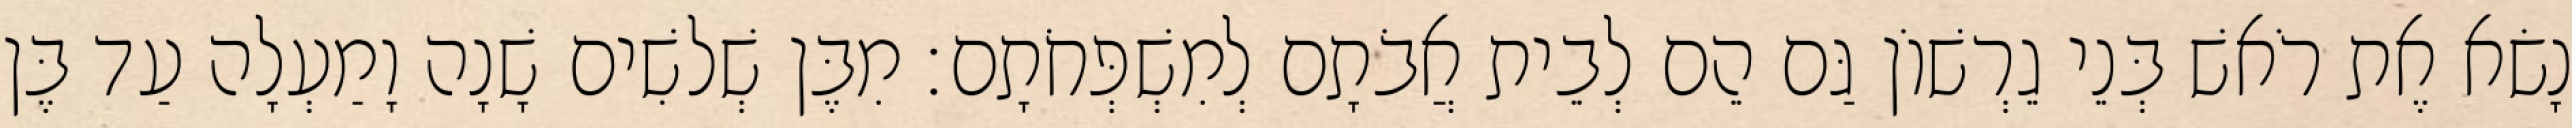
נָשׂא אֶת רֹאשׁ בְּנֵי גֵרְשׁוֹן גַּם הֵם לְבֵית אֲבֹתָם לְמִשְׁפְּחֹתָם׃ מִבֶּן שְׁלשִׁים שָׁנָה וָמַעְלָה עַד בֶּן